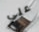
علي